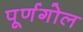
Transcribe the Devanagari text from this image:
पूर्णगोल